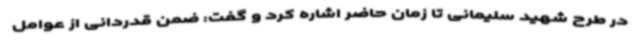
در طرح شهید سلیمانی تا زمان حاضر اشاره کرد و گفت: ضمن قدردانی از عوامل